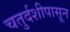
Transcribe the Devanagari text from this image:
चतुर्दशीपासून